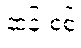
ဆန်းစစ်